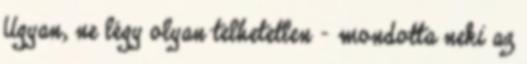
Ugyan, ne légy olyan telhetetlen - mondotta neki az